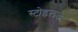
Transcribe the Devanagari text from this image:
स्टोइलजे